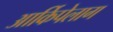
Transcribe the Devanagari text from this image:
आर्किपेलाग